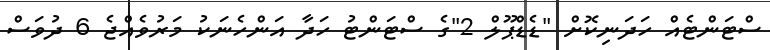
ސްޓަންޓެއް ހަދަނިކޮށް "ޑެޑްޕޫލް 2"ގެ ސްޓަންޓު ހަދާ އަންހެނަކު މަރުވެއްޖެ 6 ދުވަސް